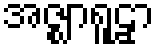
အဇ္ဈာရူဠှာ